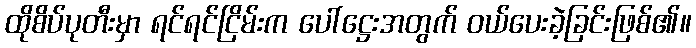
ထိုစိပ်ပုတီးမှာ ရင်ရင်ငြိမ်းက ပေါ်ဋ္ဌေးအတွက် ဝယ်ပေးခဲ့ခြင်းဖြစ်၏။